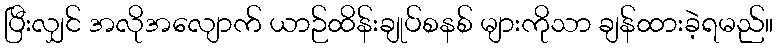
ပြီးလျှင် အလိုအလျောက် ယာဉ်ထိန်းချုပ်စနစ် များကိုသာ ချန်ထားခဲ့ရမည်။